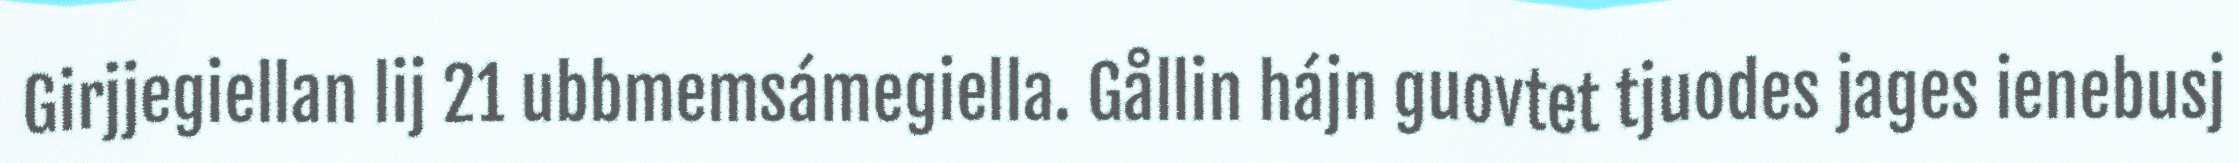
Girjjegiellan lij 21 ubbmemsámegiella. Gållin hájn guovtet tjuodes jages ienebusj